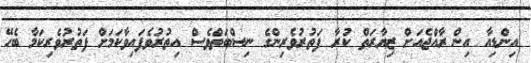
އިންޑިއާ އިން ރާއްޖެއަށް ޒިޔާރަތް ކުރާ ފަތުރުވެރިންގެ ނިސްބަތްވެސް އިތުރުވެފައިވާކަމަށް ފަތުރުވެރިކަމާ ބެހޭ